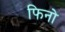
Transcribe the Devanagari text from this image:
फिनो